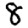
Digit: 8